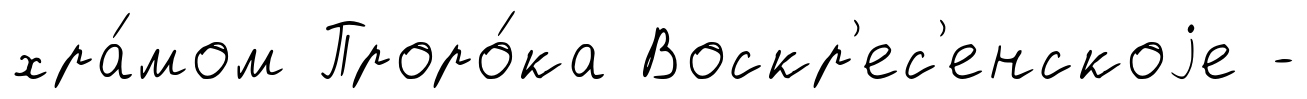
хра́мом Проро́ка Воскр'ес'енскоjе -